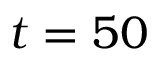
t = 5 0